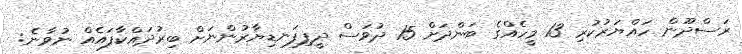
ރަސްދޫން ހައްޔަރުކުރި 13 މީހެއްގެ ބަންދަށް 15 ދުވަސް ދީފިފަނޑިޔާރުންނަށް ބިރުދައްކާފައެއް ނުވާނެ: